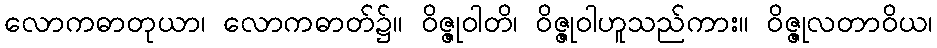
လောကဓာတုယာ၊ လောကဓာတ်၌။ ဝိဇ္ဇုဝါတိ၊ ဝိဇ္ဇုဝါဟူသည်ကား။ ဝိဇ္ဇုလတာဝိယ၊